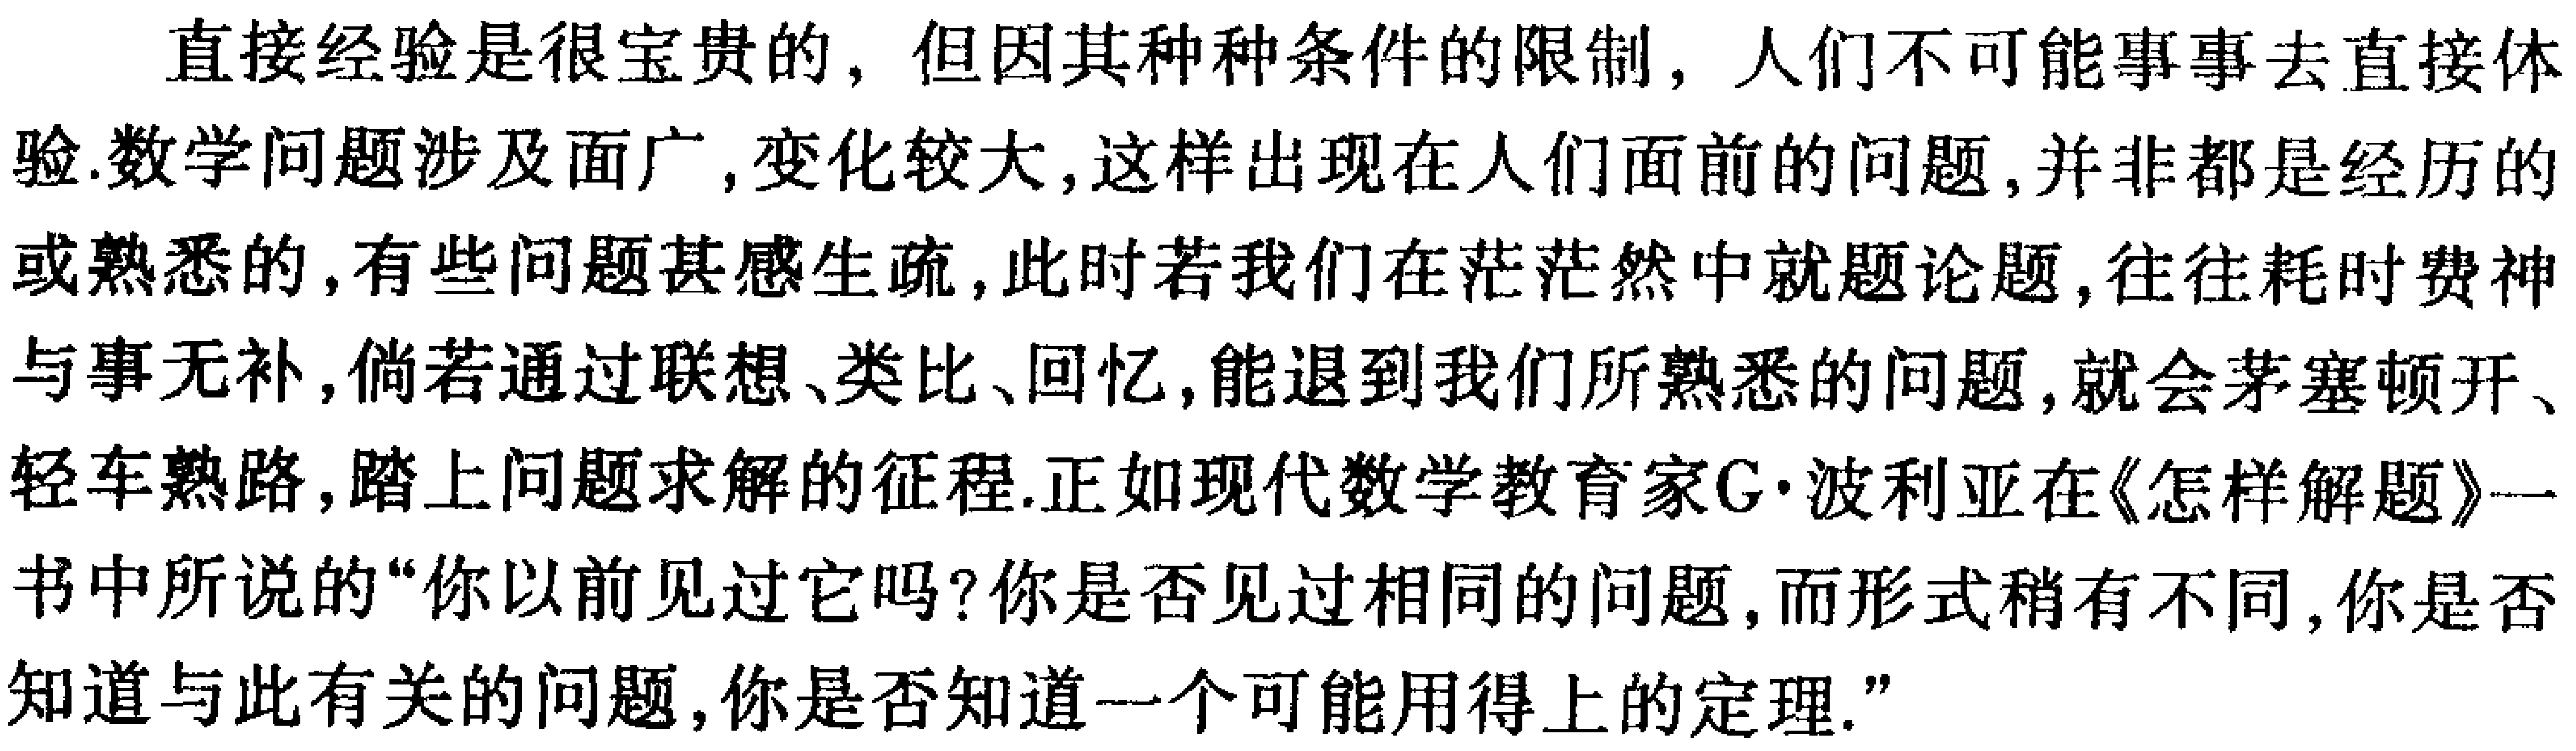
直接经验是很宝贵的，但因其种种条件的限制，人们不可能事事去直接体验.数学问题涉及面广,变化较大,这样出现在人们面前的问题,并非都是经历的或熟悉的,有些问题甚感生疏,此时若我们在茫茫然中就题论题,往往耗时费神与事无补,倘若通过联想、类比、回忆,能退到我们所熟悉的问题,就会茅塞顿开、轻车熟路,踏上问题求解的征程.正如现代数学教育家\(G\cdot\)波利亚在《怎样解题》一书中所说的“你以前见过它吗？你是否见过相同的问题,而形式稍有不同,你是否知道与此有关的问题,你是否知道一个可能用得上的定理.”